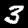
Digit: 3